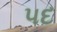
૫દ